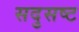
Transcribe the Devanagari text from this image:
सदुसष्ट